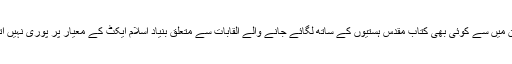
کیونکہ ان میں سے کوئی بھی کتاب مقدس ہستیوں کے ساتھ لگائے جانے والے القابات سے متعلق بنیادِ اسلام ایکٹ کے معیار پر پوری نہیں اترے گی۔